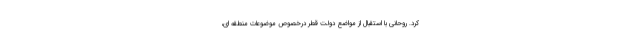
کرد. روحانی با استقبال از مواضع دولت قطر درخصوص موضوعات منطقه ای،